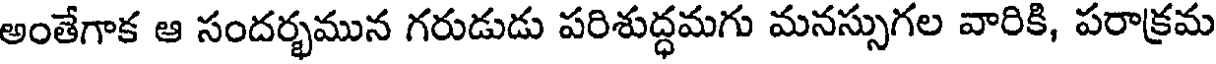
అంతేగాక ఆ సందర్భమున గరుడుడు పరిశుద్ధమగు మనస్సుగల వారికి, పరాక్రమ